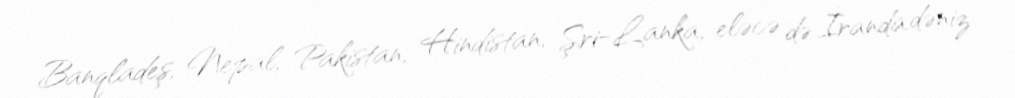
Banqladeş, Nepal, Pakistan, Hindistan, Şri-Lanka, eləcə də İranda dəniz